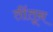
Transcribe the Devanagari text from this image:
तींतून